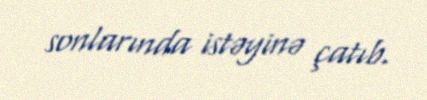
sonlarında istəyinə çatıb.